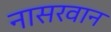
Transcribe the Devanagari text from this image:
नासरवान